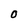
Character: O